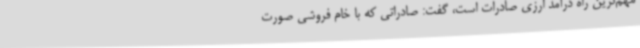
مهم‌ترین راه درآمد ارزی صادرات است، گفت: صادراتی که با خام فروشی صورت